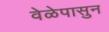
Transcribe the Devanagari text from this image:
वेळेपासुन